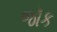
જૉક